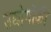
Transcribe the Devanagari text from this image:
उद्योगोंकी